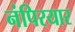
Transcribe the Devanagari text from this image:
नंपिरयार